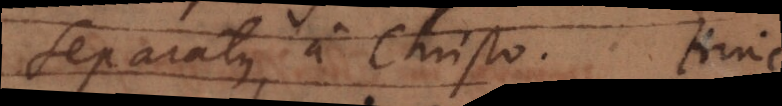
separatus a Christo. Hinc